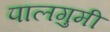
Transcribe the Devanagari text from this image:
पालगुमी